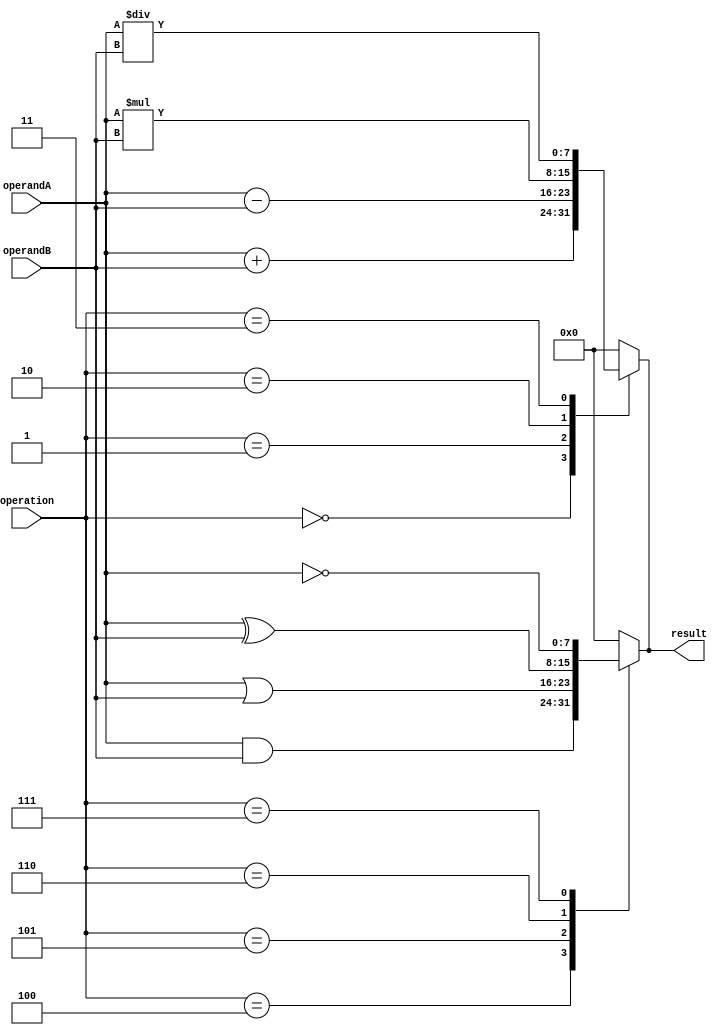
module ALU (
    input [7:0] operandA,
    input [7:0] operandB,
    input [2:0] operation,
    output reg [7:0] result
);

// Arithmetic blocks
reg [7:0] add_result;
reg [7:0] sub_result;
reg [7:0] mul_result;
reg [7:0] div_result;

always @(*) begin
    case(operation)
        3'b000: result = operandA + operandB; // Add
        3'b001: result = operandA - operandB; // Subtract
        3'b010: result = operandA * operandB; // Multiply
        3'b011: result = operandA / operandB; // Divide
        // More arithmetic operations can be added here
        default: result = 8'h00; // Default to zero
    endcase
end

// Logical operations
reg [7:0] and_result;
reg [7:0] or_result;
reg [7:0] xor_result;
reg [7:0] not_result;

always @(*) begin
    case(operation)
        3'b100: result = operandA & operandB; // AND
        3'b101: result = operandA | operandB; // OR
        3'b110: result = operandA ^ operandB; // XOR
        3'b111: result = ~operandA; // NOT
        // More logical operations can be added here
        default: result = 8'h00; // Default to zero
    endcase
end

endmodule